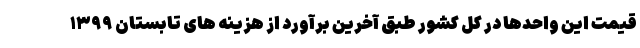
قیمت این واحدها در کل کشور طبق آخرین برآورد از هزینه های تابستان ۱۳۹۹